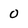
Character: 0